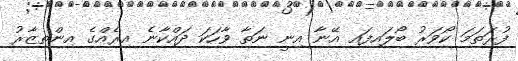
ފުރަތަމަ ކޯވަރު ބޯލައިފައި އޭނާ އިނީ ނަތާ ވާހަކަ ދައްކާނެ އިރެއްގެ އިންތިޒާރު